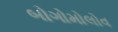
બોગોમોલોવ